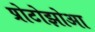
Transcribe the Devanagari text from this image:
प्रोटोझोआ